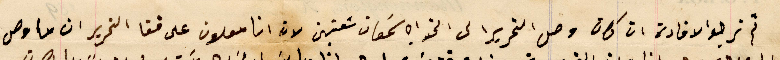
ثم نرجو الافادة ان كان وصل التحرير الى الخواجه سَمعان شعنين لان انا معلون على قفا التحرير ان ما وصل